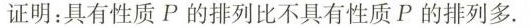
证明：具有性质 P 的排列比不具有性质 P 的排列多.